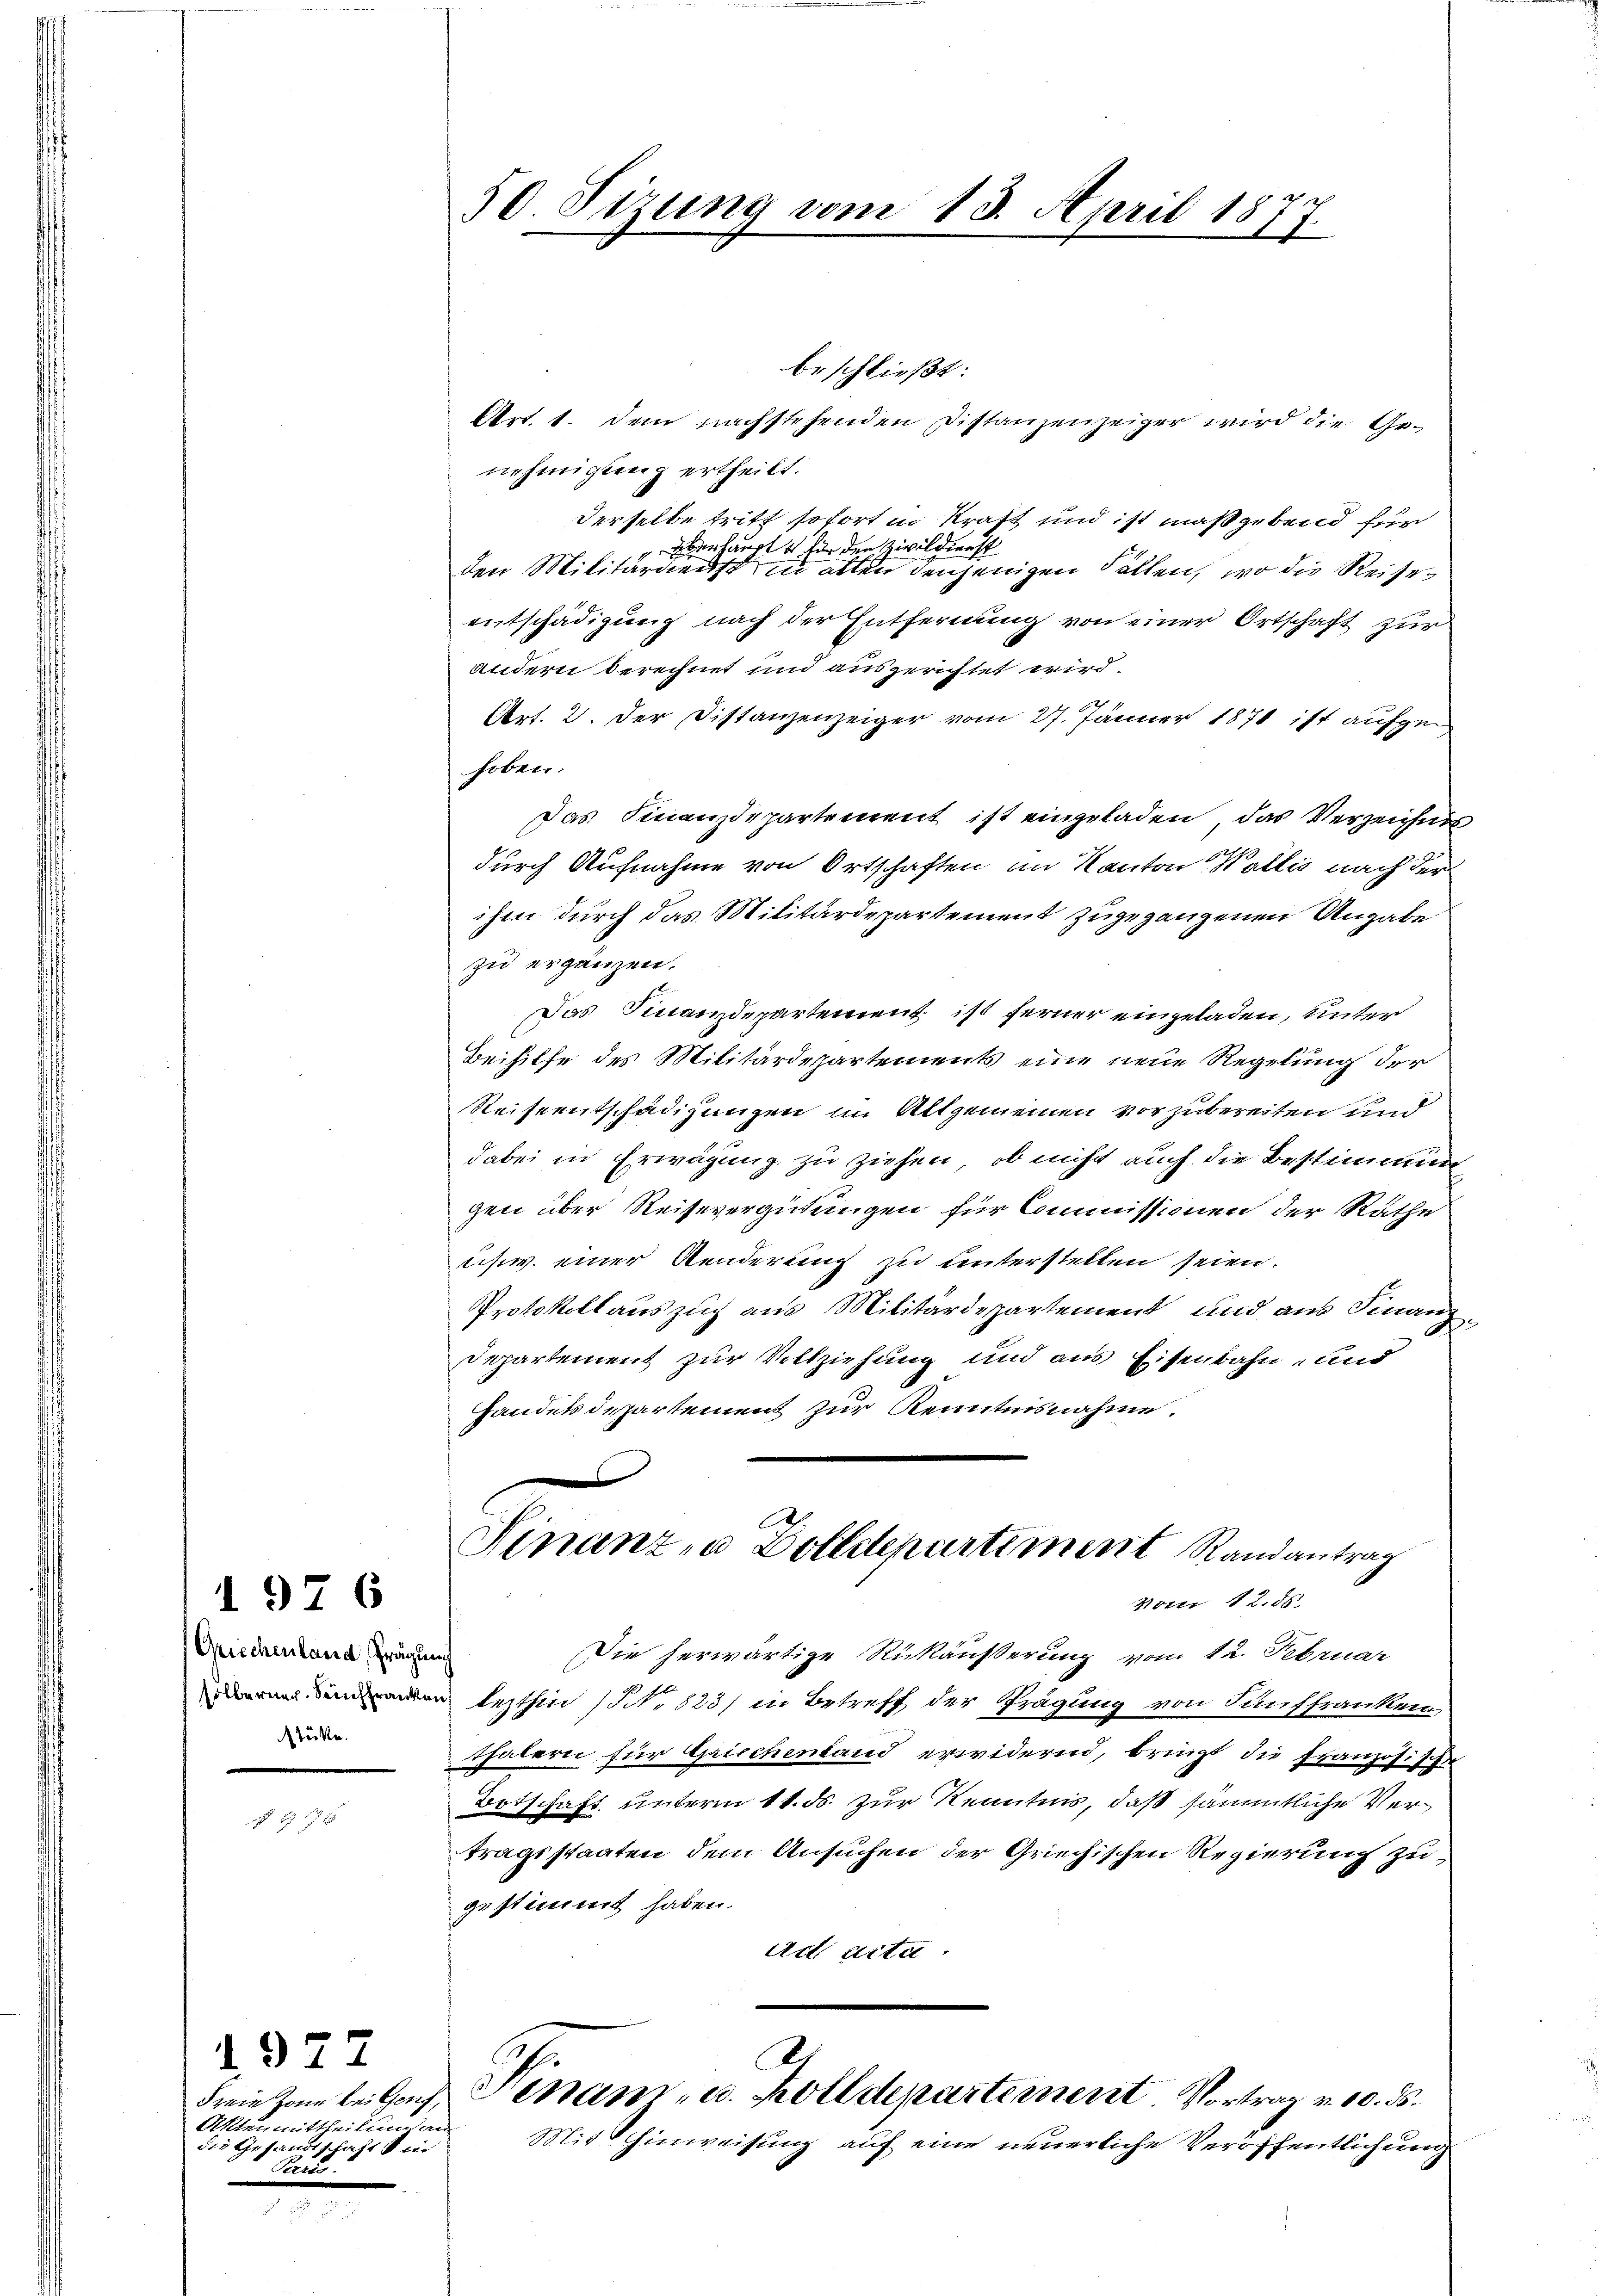
Griechenland, Prägung
stücke.

1976

55 x

Aktenmittheilung an
die Gesandtschaft si
Teen.

1. 977

50. Sizung vom 13. April 1877

beschließt:
Art. 1. dem nachstehenden Distanzenzeiger wird die Genehmigung ertheilt.
derselbe tritt sofort in Kraft und ist maßgebend für
Eberlangte für den Zivildienst
den Militärdienst in alten denjenigen Fällen, wo die Reises
entschädigung nach der Entfernung von einer Ortschaft zur
andern berechnet und ausgerichtet wird.
17
Art. 2. Der Distanzenzeiger vom 27. Jänner 1871 ist aufgehoben.
Das Finanzdepartement ist eingeladen, das Verzeichnis
durch Aufnahme von Ortschaften im Kanton Wallis nach der
ihm durch das Militärdepartement zugegangenen Angabe
zu ergänzen.
Das Finanzdepartement ist ferner eingeladen, unter
Beihilfe des Militärdepartements eine neue Regelung der
Reiseentschädigungen im Allgemeinen vorzubereiten und
dabei in Erwägung zu ziehen, ob nicht auch die Bestimmung
gen über Reisevergütungen für Commissionen der Räthe
schw. einer Aenderung zu unterstellen seien.
Protokollauszug aus Militärdepartement und aus Finanz
Departement zur Vollziehung und aus Eisenbahn- und
Handelsdepartement zur Kenntnisnahme.
Finanz- u Dolldepartiment Randantrag
Vom 12. 55.
Die herwärtige Rükäußerung vom 12. Februar
don lezthin (NNNo. 823) in Betreff der Prägung von Fünffranken,
thalern für Griechenland erwidernd, bringt die Französisch
Botschaft unterm 11. ds. zur Kenntnis, daß sämmtliche Vertragsstaaten dem Ansuchen der Griechischen Regierung zu
gestimmt haben.
ad acta.
2.
Freie Kann teiles, Pinam, u. Zolldepartement Vortrag v. 10. ds.
Mit Schinweisung auf eine neuerliche Veröffentlichung